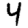
Digit: 4